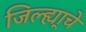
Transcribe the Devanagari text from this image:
जिल्ह्या्चे